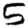
Digit: 5